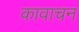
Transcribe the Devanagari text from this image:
कावाचन